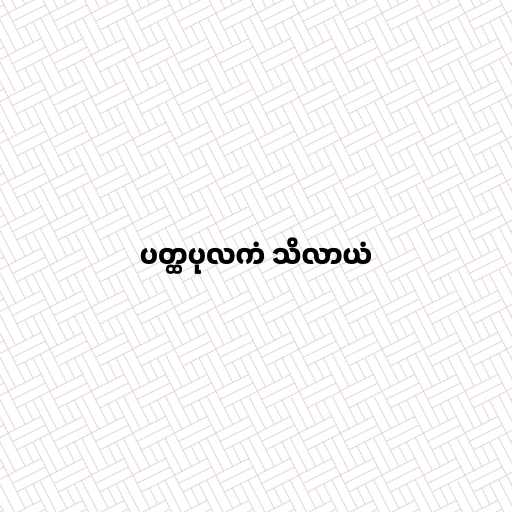
ပတ္ထပုလကံ သိလာယံ